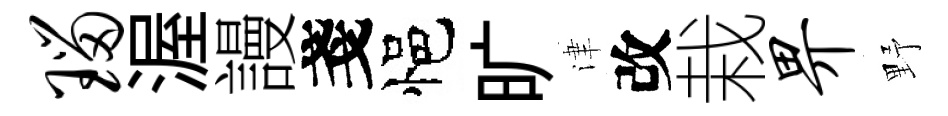
瑙渥謾戔悒旷津改栽畀野